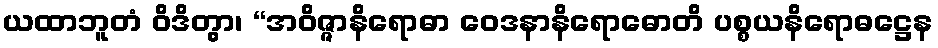
ယထာဘူတံ ဝိဒိတွာ၊ “အဝိဇ္ဇာနိရောဓာ ဝေဒနာနိရောဓောတိ ပစ္စယနိရောဓဋ္ဌေန